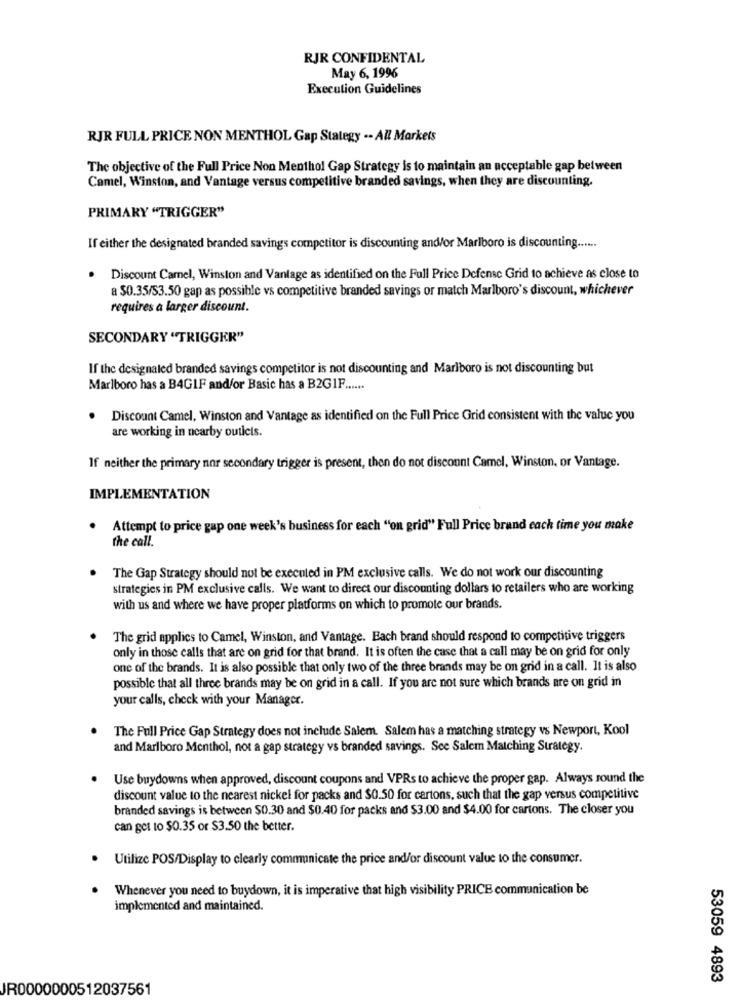
RJR CONFIDENTAL
May 6, 1996
Execution Guidelines
RJR FULL PRICE NON MENTHOL Gap Stategy -- All Markets
The objective of the Full Price Non Menthol Gap Strategy is to maintain an acceptable gap between
Camel, Winston, and Vantage versus competitive branded savings, when they are discounting.
PRIMARY "TRIGGER"
If either the designated branded savings competitor is discounting and/or Marlboro is discounting ......
.
Discount Camel, Winston and Vantage as identified on the Full Price Defense Grid to achieve as close to
a $0.35/53.50 gap as possible vs competitive branded savings or match Marlboro's discount, whichever
requires a larger discount.
SECONDARY "TRIGGER"
If the designaled branded savings competitor is not discounting and Marlboro is not discounting but
Marlboro has a B4GIF and/or Basic has a B2GIF ......
Discount Camel, Winston and Vantage as identified on the Full Price Grid consistent with the value you
are working in nearby outlets.
If neither the primary nor secondary trigger is present, then do not discount Camel, Winston, or Vantage.
IMPLEMENTATION
Attempt to price gap one week's business for each "on grid" Full Price brand each time you make
the call.
The Gap Strategy should not be executed in PM exclusive calls. We do not work our discounting
strategies in PM exclusive calls. We want to direct our discounting dollars to retailers who are working
with us and where we have proper platforms on which to promote our brands.
The grid applies to Camel, Winston, and Vantage. Each brand should respond to competitive triggers
only in those calls that are on grid for that brand. It is often the case that a call may be on grid for only
one of the brands. It is also possible that only two of the three brands may be on grid in a call. It is also
possible that all three brands may be on grid in a call. If you are not sure which brands are on grid in
your calls, check with your Manager.
The Full Price Gap Strategy does not include Salem. Salem has a matching strategy vs Newport, Kool
and Marlboro Menthol, not a gap strategy vs branded savings. See Salem Matching Strategy.
Use buydowns when approved, discount coupons and VPRs to achieve the proper gap. Always round the
discount value to the nearest nickel for packs and $0.50 for cartons, such that the gap versus competitive
branded savings is between $0.30 and $0.40 for packs and $3.00 and $4.00 for cartons. The closer you
can get to $0.35 or $3.50 the better.
Utilize POS/Display to clearly communicate the price and/or discount value to the consumer.
Whenever you need to buydown, it is imperative that high visibility PRICE communication be
implemented and maintained.
53059 4893
JR0000000512037561